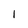
Character: 1